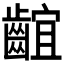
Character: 𪘲